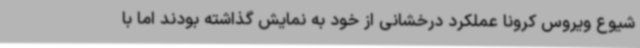
شیوع ویروس کرونا عملکرد درخشانی از خود به نمایش گذاشته بودند اما با